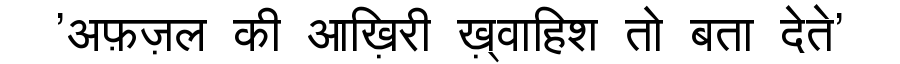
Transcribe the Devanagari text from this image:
'अफ़ज़ल की आख़िरी ख़्वाहिश तो बता देते'